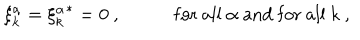
\xi _ { k } ^ { \alpha } = { \xi _ { k } ^ { \alpha } } ^ { * } = 0 \ , \hspace { 6 e x } \mathrm { \ f o r \ a l l } \ \alpha \ \mathrm { a n d \ f o r \ a l l } \ k \ ,